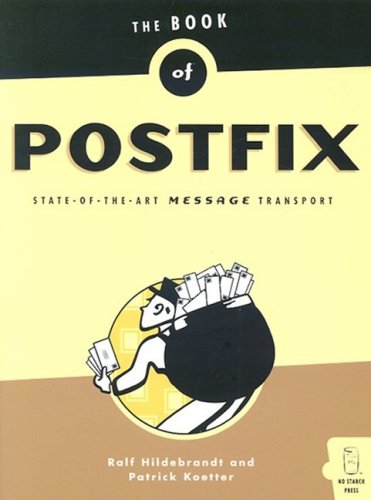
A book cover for The Book of Postfix: State-of-the-Art Message Transport; Ralf Hildebrandt; Computers & Technology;